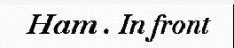
Ham . In front